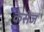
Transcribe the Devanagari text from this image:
केसेज